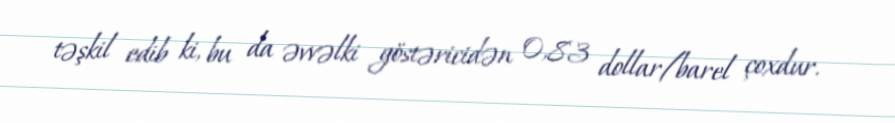
təşkil edib ki, bu da əvvəlki göstəricidən 0,83 dollar/barel çoxdur.